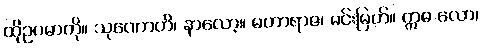
ထိုဥပမာကို။ သုဏောဟိ၊ နာလော့။ မဟာရာဇ၊ မင်းမြတ်။ ဣဓ လော၊